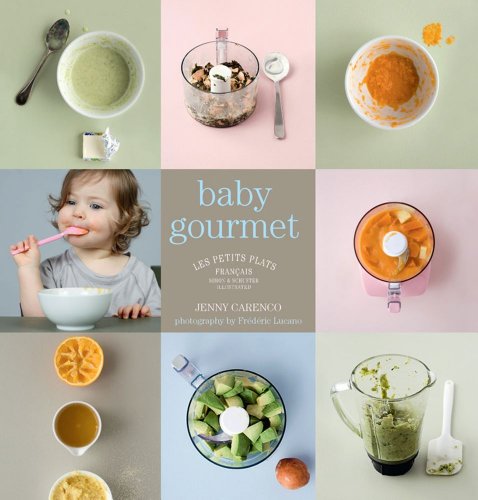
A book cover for Les Petits Plats Francais: Baby Gourmet; Jenny Carenco; Cookbooks, Food & Wine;